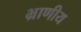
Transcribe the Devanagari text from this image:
भ्राणीय